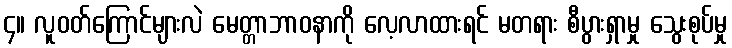
၄။ လူဝတ်ကြောင်များလဲ မေတ္တာဘာဝနာကို လေ့လာထားရင် မတရား စီပွားရှာမှု သွေးစုပ်မှု